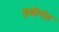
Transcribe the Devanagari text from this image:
वृद्धीगंत